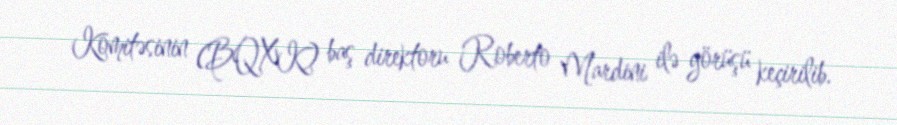
Komitəsinin (BQXK) baş direktoru Roberto Mardini ilə görüşü keçirilib.